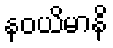
နဝယိမာနိ